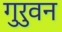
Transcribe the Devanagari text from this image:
गुरुवन